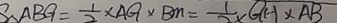
S _ { \Delta A B G } = \frac { 1 } { 2 } \times A G \times B M = \frac { 1 } { 2 } Q H \times A B